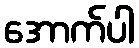
အောက်ပါ